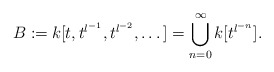
\begin{align*}B\coloneqq k[t,t^{l^{-1}}, t^{l^{-2}}, \dots]=\bigcup_{n=0}^{\infty}k[t^{l^{-n}}].\end{align*}